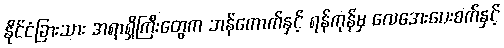
နိုင်ငံခြားသား အရာရှိကြီးတွေက ဘန်ကောက်နှင့် ရန်ကုန်မှ လေအေးပေးစက်နှင့်